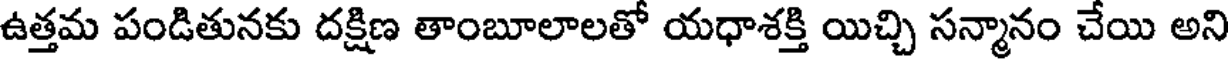
ఉత్తమ పండితునకు దక్షిణ తాంబూలాలతో యధాశక్తి యిచ్చి సన్మానం చేయి అని